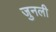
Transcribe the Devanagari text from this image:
जुनली